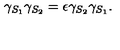
\gamma _ { S _ { 1 } } \gamma _ { S _ { 2 } } = \epsilon \gamma _ { S _ { 2 } } \gamma _ { S _ { 1 } } .